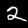
Label: 2